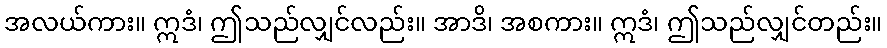
အလယ်ကား။ ဣဒံ၊ ဤသည်လျှင်လည်း။ အာဒိ၊ အစကား။ ဣဒံ၊ ဤသည်လျှင်တည်း။